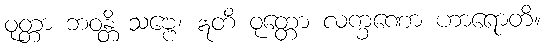
ဝုတ္တာ ဘဝန္တိ သဗ္ဗေ၊ ဣတိ ဝုတ္တော လက္ခဏော ဟာရောတိ။